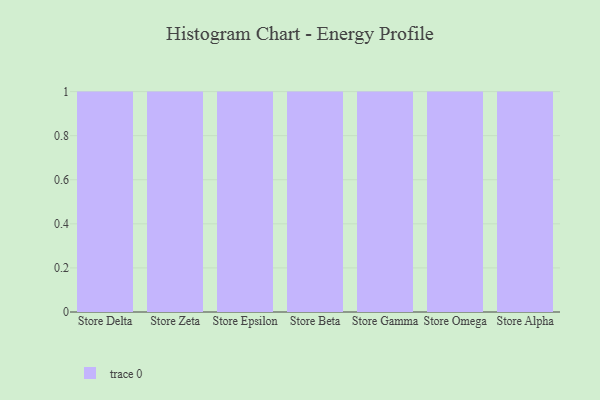
{"axis": {"x": "Store", "y": "Budget (USD K)"}, "legend": [""], "data": [{"x": "Store Delta", "y": 47, "type": ""}, {"x": "Store Zeta", "y": 62, "type": ""}, {"x": "Store Epsilon", "y": 35, "type": ""}, {"x": "Store Beta", "y": 63, "type": ""}, {"x": "Store Gamma", "y": 66, "type": ""}, {"x": "Store Omega", "y": 5, "type": ""}, {"x": "Store Alpha", "y": 60, "type": ""}]}